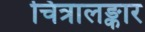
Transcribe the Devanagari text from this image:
चित्रालङ्कार